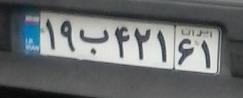
۱۹ب۴۲۱۶۱